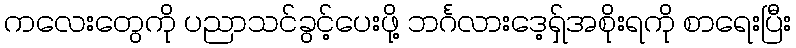
ကလေးတွေကို ပညာသင်ခွင့်ပေးဖို့ ဘင်္ဂလားဒေ့ရှ်အစိုးရကို စာရေးပြီး